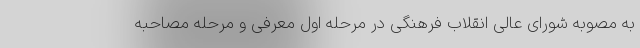
به مصوبه شورای عالی انقلاب فرهنگی در مرحله اول معرفی و مرحله مصاحبه